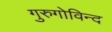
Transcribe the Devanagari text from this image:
गुरुगोविन्द